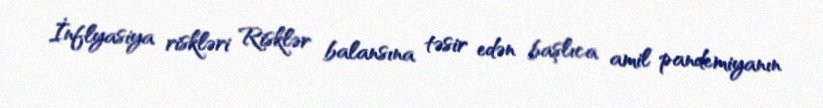
İnflyasiya riskləri Risklər balansına təsir edən başlıca amil pandemiyanın